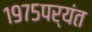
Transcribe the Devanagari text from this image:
१९७५पर्यंत